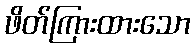
ဖိတ်ကြားထားသော